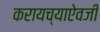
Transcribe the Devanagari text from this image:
करायच्याऐवजी